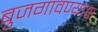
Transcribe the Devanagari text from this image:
बुजगावण्यास